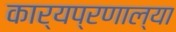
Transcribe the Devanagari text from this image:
कार्यप्रणाल्या